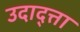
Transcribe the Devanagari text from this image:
उदाद्त्ता